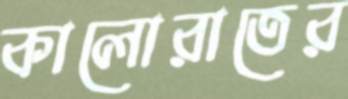
কালোরাতের